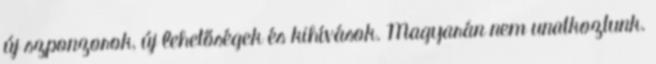
új szponzorok, új lehetőségek és kihívások. Magyarán nem unatkoztunk.